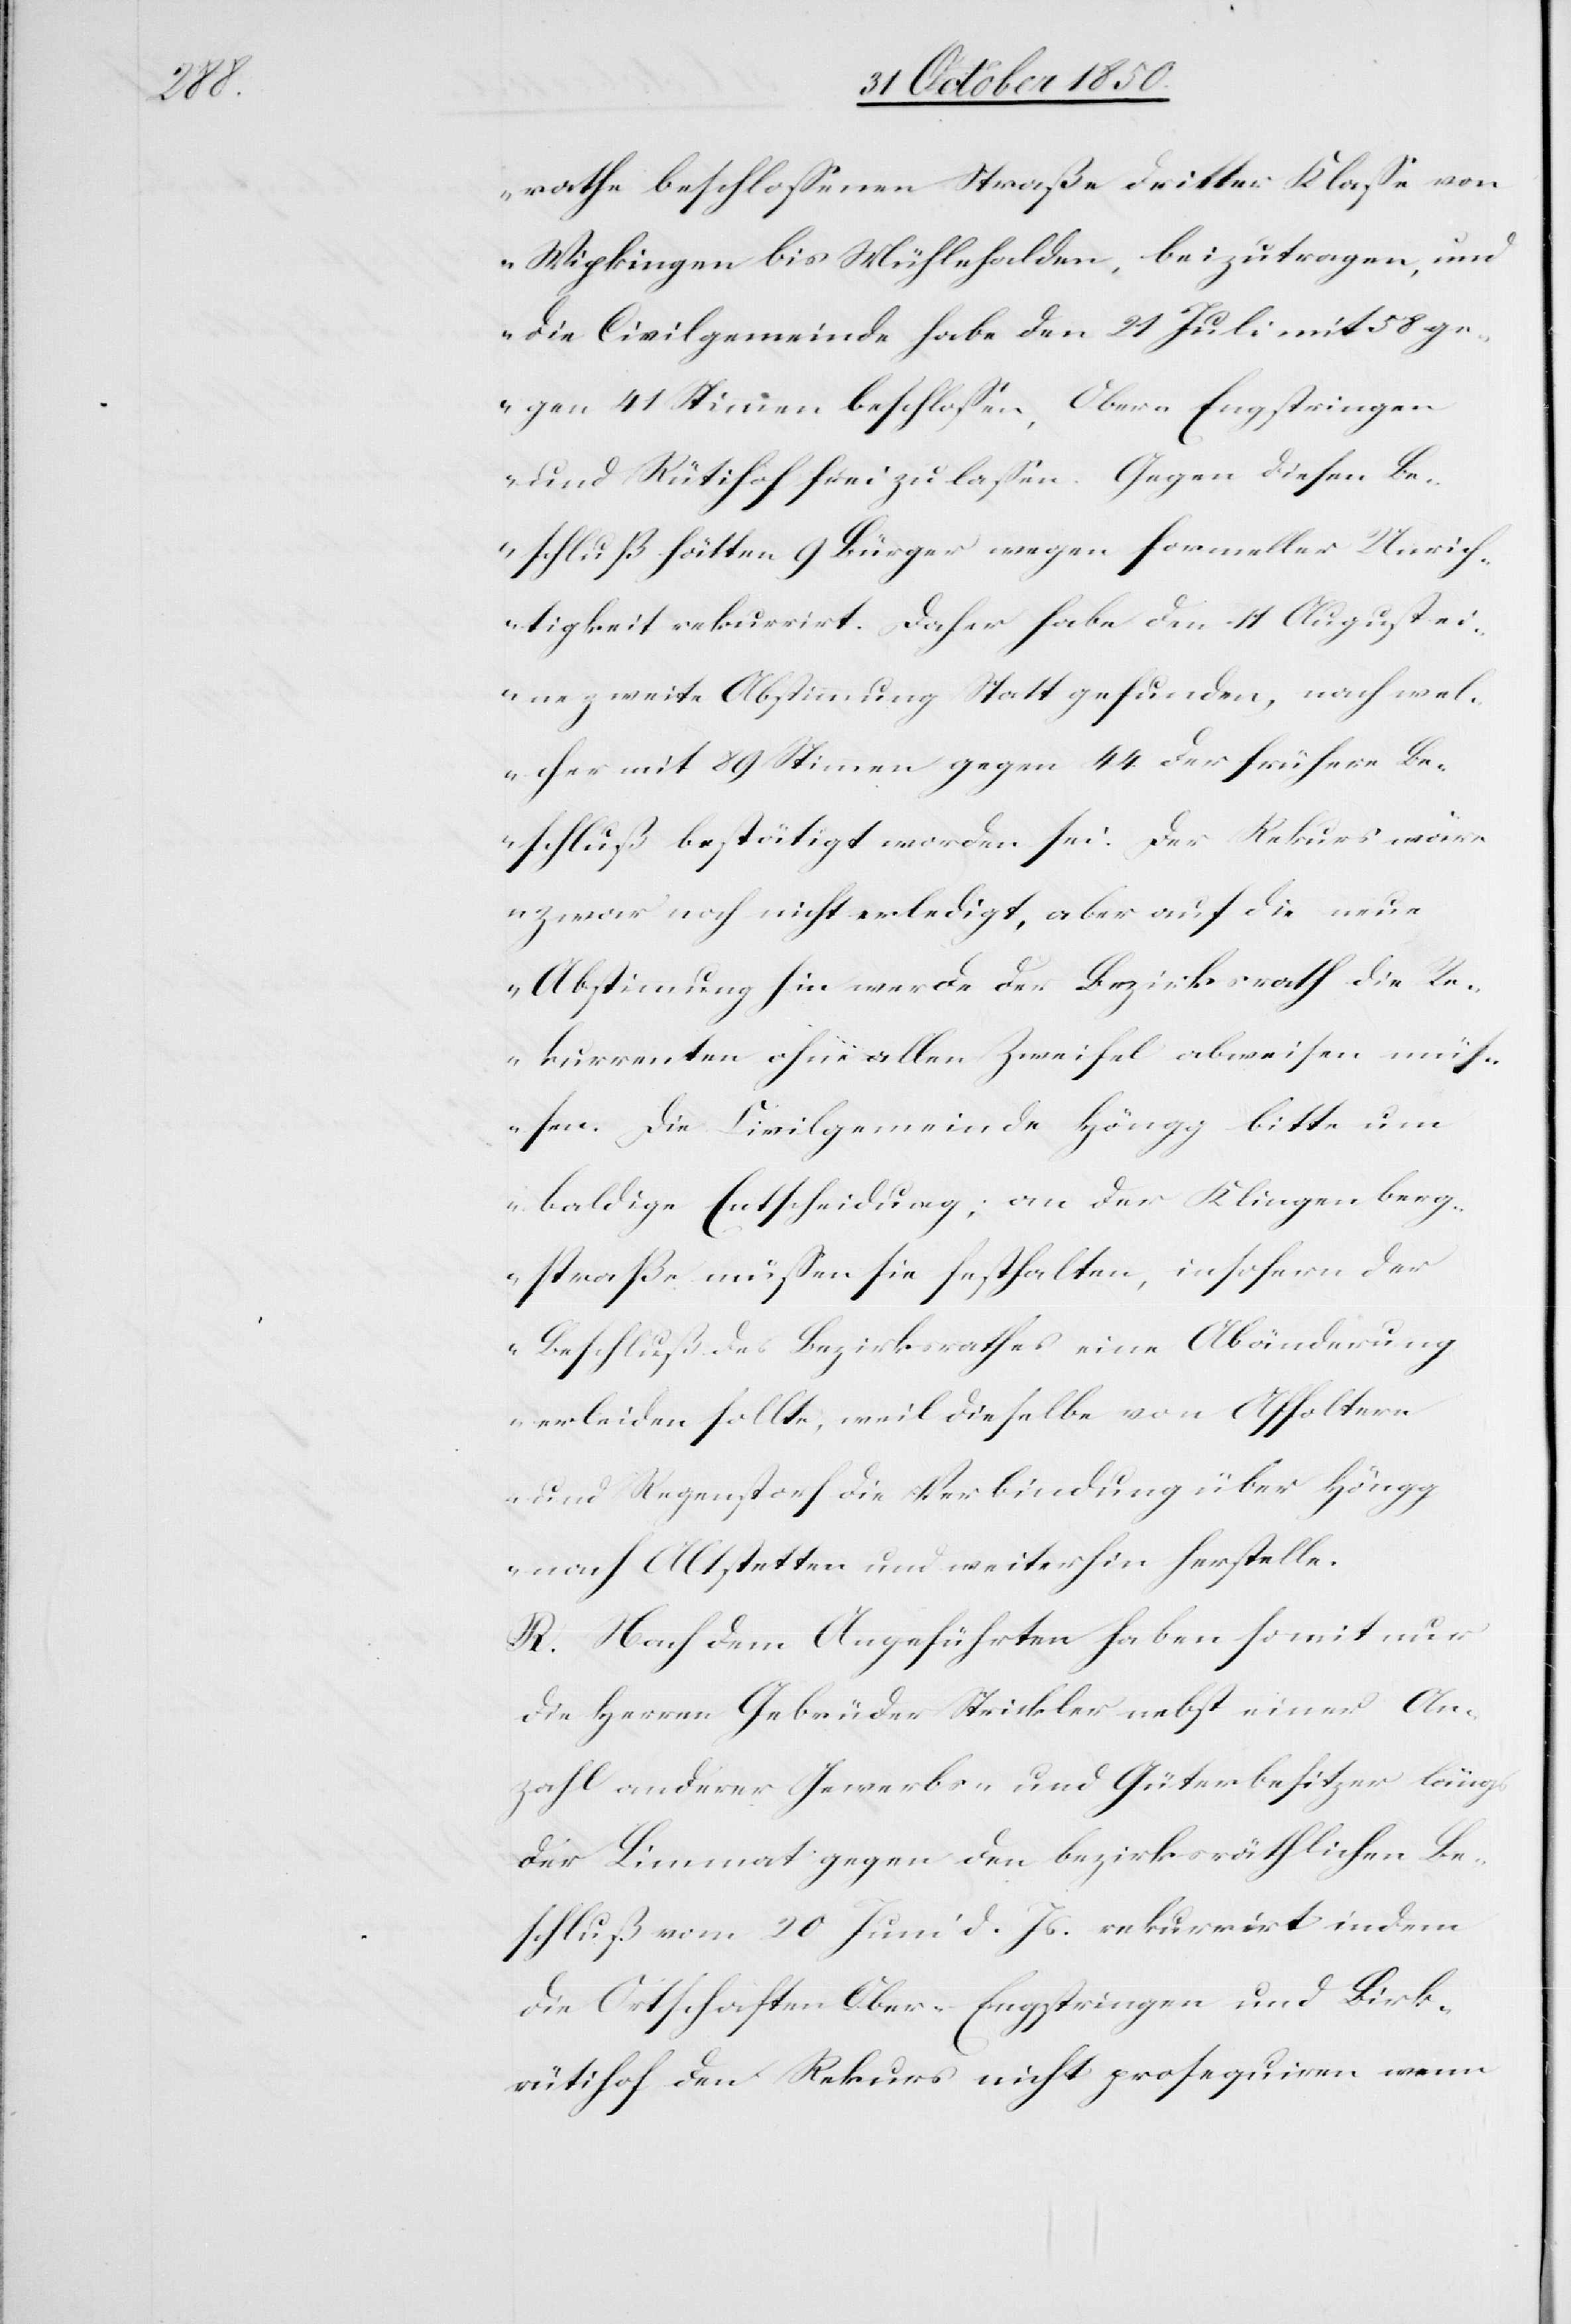
rathe beschlossenen Straße dritter Klasse von
Wipkingen bis Mühlehalden, beizutragen, und
die Civilgemeinde habe den 21 Juli mit 58 ge¬
gen 41 Stimmen beschlossen, Ober-Engstringen
und Rütihof frei zu lassen. Gegen diesen Be¬
schluß hätten 9 Bürger wegen formeller Unrich¬
tigkeit rekurrirt. Daher habe den 11 August ei¬
ne zweite Abstimmung Statt gefunden, nach wel¬
cher mit 89 Stimmen gegen 44 der frühere Be¬
schluß bestätigt worden sei. Der Rekurs wär¬
e zwar noch nicht erledigt, aber auf die neue
Abstimmung hin werde der Bezirksrath die Re¬
kurrenten ohne allen Zweifel abweisen müs¬
sen. Die Civilgemeinde Höngg bitte um
baldige Entscheidung; an der Klingenberg¬
straße müssen sie festhalten, insofern der
Beschluß des Bezirksrathes eine Abänderung
erleiden sollte, weil dieselbe von Affoltern
und Regenstorf die Verbindung über Höngg
nach Altstetten und weiterhin herstelle.
R. Nach dem Angeführten haben somit nur
die Herren Gebrüder Strickler nebst einer An¬
zahl anderer Gewerbs- und Güterbesitzer längs
der Limmat gegen den bezirksräthlichen Be¬
schluß vom 20 Juni d. Js. rekurrirt indem
die Ortschaften Ober-Engstringen und Birk¬
rütihof den Rekurs nicht prosequiren wenn